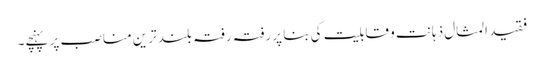
فقید المثال ذہانت و قابلیت کی بنا پر رفتہ رفتہ بلند ترین مناصب پر پہنچے۔